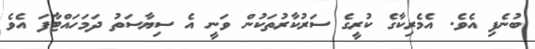
ބުނެފި އެވެ. އެމެރިކާގެ ކުރީގެ ސަރުކާރުތަކުން ވަނީ އެ ސިޔާސަތު ދަމަހައްޓާފަ އެވެ